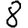
Digit: 8